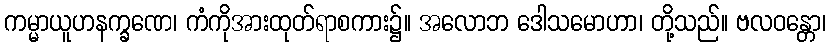
ကမ္မာယူဟနက္ခဏေ၊ ကံကိုအားထုတ်ရာစကား၌။ အလောဘ ဒေါသမောဟာ၊ တို့သည်။ ဗလဝန္တော၊